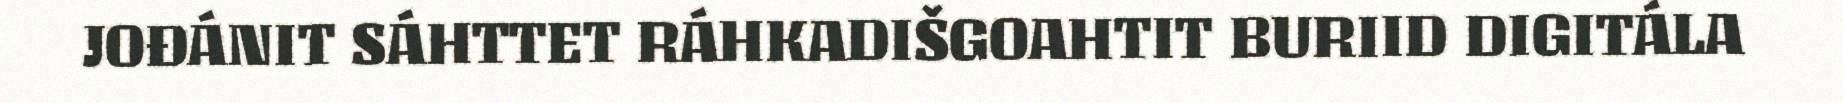
JOĐÁNIT SÁHTTET RÁHKADIŠGOAHTIT BURIID DIGITÁLA